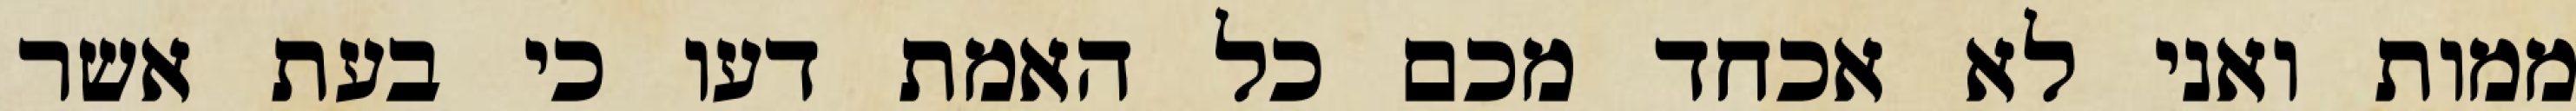
ממות ואני לא אכחד מכם כל האמת דעו כי בעת אשר